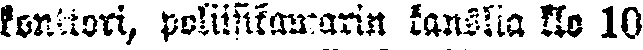
konttori, poliisikamarin kanslia klo 10